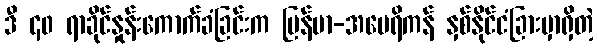
ဒီ ၄၀ ရာခိုင်နှုန်းကောက်ခံခြင်းက မြန်မာ-အမေရိကန် နှစ်နိုင်ငံခြားမှာရှိတဲ့